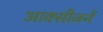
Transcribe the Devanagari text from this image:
आक्सीजनें